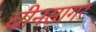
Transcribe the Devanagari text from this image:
चीनसागर